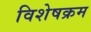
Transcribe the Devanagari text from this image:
विशेषक्रम